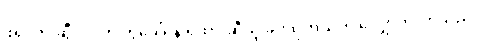
ဖရင့်က ဆွီလင်ကို တွဲခေါ်ရန် ရထားဆီသို့ ခပ်သုတ်သုတ် လျှောက်လာသည်။